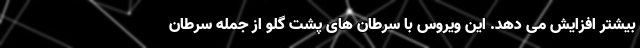
بیشتر افزایش می دهد. این ویروس با سرطان های پشت گلو از جمله سرطان